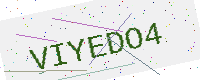
Text: VIYEDO4